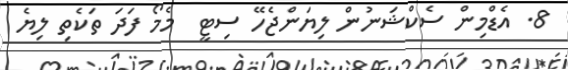
8. އެޑްމިން ސެކްޝަނުން ލިޔަންޖެހޭ ސިޓީ  މެމޯ ފަދަ ތަކެތި ލިޔެ